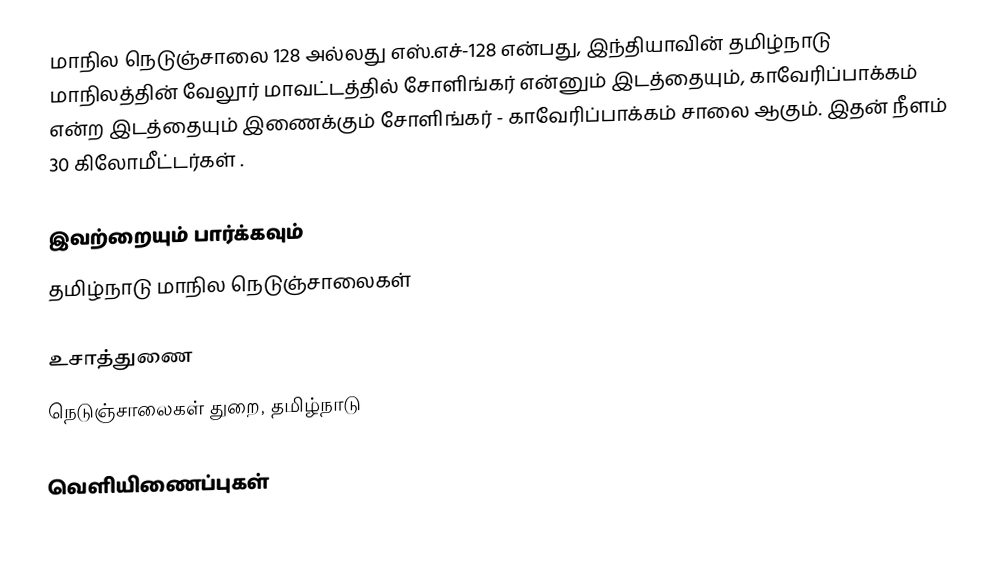
மாநில நெடுஞ்சாலை 128 அல்லது எஸ்.எச்-128 என்பது, இந்தியாவின் தமிழ்நாடு மாநிலத்தின் வேலூர் மாவட்டத்தில் சோளிங்கர் என்னும் இடத்தையும், காவேரிப்பாக்கம் என்ற இடத்தையும் இணைக்கும் சோளிங்கர் - காவேரிப்பாக்கம் சாலை ஆகும். இதன் நீளம் 30  கிலோமீட்டர்கள் .

இவற்றையும் பார்க்கவும்
 தமிழ்நாடு மாநில நெடுஞ்சாலைகள்

உசாத்துணை
 நெடுஞ்சாலைகள் துறை, தமிழ்நாடு

வெளியிணைப்புகள்